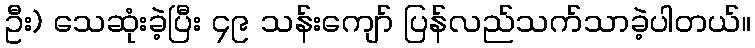
ဦး) သေဆုံးခဲ့ပြီး ၄၉ သန်းကျော် ပြန်လည်သက်သာခဲ့ပါတယ်။